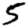
Digit: 5